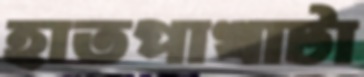
হাতপাখাটা